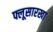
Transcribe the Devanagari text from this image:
फ्लूसारखा